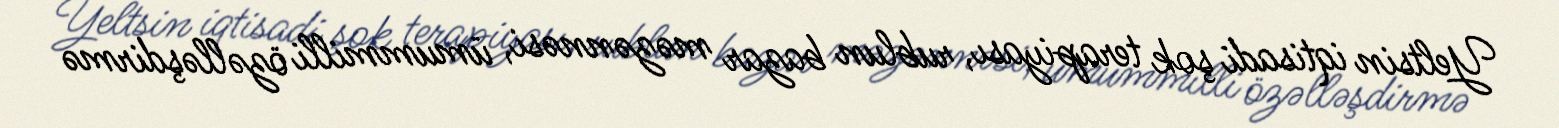
Yeltsin iqtisadi şok terapiyası, rublun bazar məzənnəsi, ümummilli özəlləşdirmə